Lunatic asylums in Bengal annual reports 1899-1911 - 1899-1911
Year: 1899
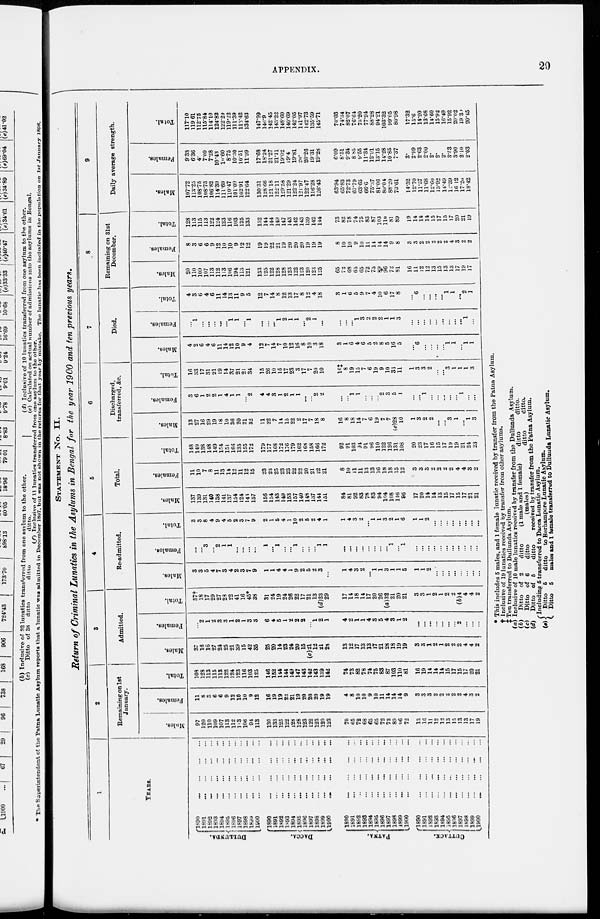
APPENDIX.
29
STATEMENT No.
II.
Return of Criminal Lunatics in the Asylums in Bengal for the year 1900 and ten previous years.
1
YEARS.
DULLUNDA.
DACCA.
PATNA.
CUTTACK.
1890 ... ... ... ...
1891 ... ... ... ...
1892
...
...
...
...
1893 ... ... ... ...
1894 ... ... ... ...
1895 ... ... ... ...
1896 ... ... ... ...
1897 ... ... ... ...
1898 ... ... ... ...
1899 ... ... ... ...
1900
...
...
...
...
l890 ... ... ... ...
1891 ... ... ... ...
1892 ... ... ... ...
1893 ... ... ... ...
1894
...
...
...
...
1895 ... ... ... ...
1896 ... ... ... ...
1897
...
...
...
...
1898
...
...
...
...
1899 ... ... ... ...
1900
...
...
...
...
1890 ... ... ... ...
1891
...
...
...
...
1892 ... ... ... ...
1893 ... ... ... ...
1894
...
...
...
...
1895
...
...
...
...
1896 ... ... ... ...
1897 ... ... ... ...
1898 ... ... ... ...
1899 ... ... ... ...
1900
...
...
...
...
1890
...
...
...
...
1891 ... ... ... ...
1892 ... ... ... ...
1893
...
...
...
...
1894 ... ... ... ...
1895 ... ... ... ...
1896
...
...
...
...
1897 ... ... ... ...
1898 ... ... ... ...
1899 ... ... ... ...
1900
...
...
...
...
2
Remaining on 1st
January.
Males.
97
120
110
109
107
113
112
113
106
94
113
130
133
125
122
128
128
123
122
123
120
123
70
65
72
68
65
65
72
73
89
96
72
13
16
11
12
12
13
15
13
13
17
19
Females.
11
8
3
6
6
9
12
10
10
9
12
16
19
19
22
21
19
20
20
20
19
19
4
8
10
10
9
10
11
14
14
14
9
3
3
3
2
2
2
2
2
4
3
2
Total.
108
128
113
115
113
122
124
123
116
103
125
146
152
144
144
149
147
143
142
143
139
142
74
73
82
78
74
75
83
87
103
110
81
16
19
14
14
14
15
17
15
17
20
21
3
Admitted.
Males.
37
16
16
27
24
25
21
39
15
42
35
25
20
14
23
24
20
15
(c)21
12
21
28
13
12
17
13
13
17
21
28
18
19
19
3
3
1
2
1
2
2
2
4
4
2
Females.
...
2
1
2
3
3
1
2
1
3
3
6
4
5
1
2
2
2
...
1
2
1
4
2
1
1
4
3
5
4
3
1
2
...
...
...
...
...
...
...
2
...
...
...
Total.
37†
18
17
29
27
28
22
41
16
45*
38
31
24
19
24
26
22
17
21
13
(d)23
29
17
14
18
14
17
20
26
(a)32
21
20
21
3
3
1
2
1
2
2
(b)4
4
4
2
4
Re-admitted.
Males.
3
3
5
4
7
3
4
2
3
7
9
1
1
4
4
1
9
2
5
2
3
...
1
4
3
2
...
l
1
3
1
1
5
1
1
2
...
...
...
...
...
...
...
...
Females.
...
...
3
...
2
1
1
...
...
...
...
1
...
1
...
...
1
...
...
...
1
1
...
...
...
...
...
...
...
...
l
...
1
...
...
...
...
...
...
...
...
...
... ...
Total.
3
3
8
4
9
4
5
2
3
7
9
2
1
5
4
1
10
2
5
2
4
1
1
4
3
2
...
1
1
3
2
1
6
1
1
2
...
...
...
...
...
...
...
...
5
Total.
Males.
137
139
131
140
138
141
137
154
124
143
157
156
154
143
149
153
157
140
148
137
144
151
84
81
92
83
78
83
94
104
108
116
96
17
20
14
14
13
15
17
15
17
21
21
Females.
11
10
7
8
11
13
14
12
11
12
15
23
23
25
23
23
22
22
20
21
22
21
8
10
11
11
13
13
16
18
18
15
12
3
3
3
2
2
2
2
4
4
3
2
Total.
148
149
138
148
149
154
151
166
135
155
172
179
177
168
172
176
179
162
168
158
166
172
92
91
103
94
91
96
110
122
126
131
108
20
23
17
16
15
17
19
19
21
24
23
6
Discharged,
transferred, &c.
Males.
13
27
16
29
19
18
10
36
20
21
32
11
22
7
14
15
22
2
17
7
18
8
16
8
18
14
7
6
19
7
7
(e)28
10
1
3
2
2
...
...
3
1
...
1
3
Females.
3
6
1
2
2
1
4
1
1
... 2
4
4
3
1
2
1
1
...
...
2
2
...
...
1
1
...
...
...
2
3
5
1
...
...
1
...
...
...
...
...
1
...
...
Total.
16
33
17
31
21
19
14
37
21
21
34
15
26
10
15
17
23
3
17
7
20
10
16‡
8
19
15
7
6
19
9
10
33
11
1
3
3
2
...
... 3
1
1
1
3
7
Died.
Males.
4
2
6
4
6
11
14
12
10
9
4
12
7
14
7
10
12
16
8
10
3
18
3
1
6
4
6
5
2
8
5
16
5
...
6
...
...
...
...
1
1
...
1
1
Females.
...
1
...
...
...
...
...
1
1
... 1
...
...
...
1
2
1
1
...
2
1
...
...
...
...
1
3
2
2
2
1
1
3
...
...
...
...
...
...
...
...
...
1
...
Total.
4
3
6
4
6
11
14
13
11
9
5
12
7
14
8
12
13
17
8
12
4
18
3
1
6
5
9
7
4
10
6
17
8
...
6
...
...
...
... 1
1
...
2
1
8
Remaining on 31st
December.
Males.
120
110
109
107
113
112
113
106
194
113
121
133
125
122
128
128
123
122
123
120
124
125
65
72
68
65
65
72
73
89
96
72
81
16
11
12
12
13
15
13
13
17
19
17
Females.
8
3
6
6
9
12
10
10
9
12
12
19
19
22
21
19
20
20
20
19
19
19
8
10
10
9
10
11
14
14
14
9
8
3
3
2
2
2
2
2
4
3
2
2
Total.
128
113
115
113
122
124
123
116
103
125
133
152
144
144
149
147
143
142
143
139
142
144
73
82
78
74
75
83
87
103
l10
81
89
19
14
14
14
15
17
15
17
20
21
19
9
Daily average strength.
Males.
107.72
113.25
108.75
108.75
106.82
114.39
111.69
110.47
101.09
102.91
122.64
130.31
128.66
121.18
122.11
129.58
121.29
122.24
121.97
122.47
116.28
126.43
63.94
65.83
72.73
67.79
63.65
66.6
75.37
81.06
89.04
88.20
73.61
14.32
12.70
11.57
11.68
12.60
13.92
14.49
12.39
16.12
17.20
18.42
Females.
9.38
6.36
4.
7.09
7.28
10.43
l0.60
8.75
10.30
10.51
11.99
17.68
18.24
21.27
21.11
19.02
19.4
19.81
20.
20.26
19.31
19.28
6.09
8.51
9.34
8.85
9.55
11.34
12.91
13.15
14.28
10.85
7.37
3.
2.99
2.63
2.00
2.
2.
2.
3.53
3.90
2.10
2.03
Total.
117.10
119.61
112.75
115.84
114.10
124.82
122.29
119.22
111.39
113.42
134.63
147.99
146.9
142.45
143.22
148.60
140.69
142.05
141.97
142.73
135.59
145.71
70.03
74.34
82.07
76.64
73.20
77.94
88.28
94.21
103.32
99.05
80.98
17.32
15.6
14.20
13.68
14.60
15.92
16.49
15.92
20.02
19.30
20.45
* This includes 5 males, and 1 female lunatic received by transfer from the Patna Asylum.
† Inclusive of 19 lunatics received by transfer from other asylums.
‡ Ten transferred to Dullunda Asylum.
(a)
(b)
(c)
(d)
(e)
Inclusive of 10 male lunatics received by transfer from the Dullunda Asylum.
Ditto of 2
ditto
(1 male and 1 female)
ditto
ditto.
Ditto of 6
ditto
(males)
ditto
ditto.
Ditto of 5
ditto
received by transfer from the Patna Asylum.
Including 5 transferred to Dacca Lunatic Asylum.
Ditto
5
ditto
to Berhampore Lunatic Asylum.
Ditto
5
males and 1 female transferred to Dullunda Lunatic Asylum.